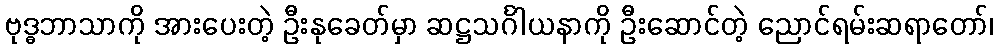
ဗုဒ္ဓဘာသာကို အားပေးတဲ့ ဦးနုခေတ်မှာ ဆဋ္ဌသင်္ဂါယနာကို ဦးဆောင်တဲ့ ညောင်ရမ်းဆရာတော်၊